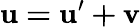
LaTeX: \mathbf{u=u^{\prime}+v}